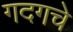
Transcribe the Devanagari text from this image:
गदगचे